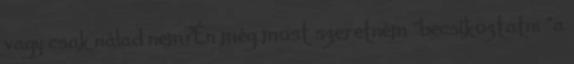
vagy csak nálad nem?Én még most szeretném "becsíkoztatni "a